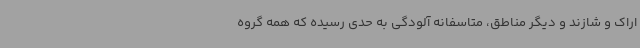
اراک و شازند و دیگر مناطق، متاسفانه آلودگی به حدی رسیده که همه گروه